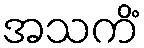
အသကိံ